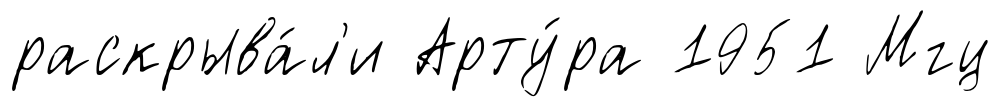
раскрыва́л'и Арту́ра 1951 Мгц